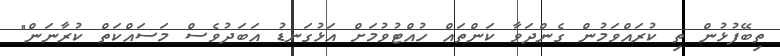
ތިބޭފުޅުން ތި ކުރައްވަމުން ގެންދަވާ ކަންތައް ހުއްޓުވުމަށް އަޅުގަނޑު އަބަދުވެސް މަސައްކަތް ކުރާނަން"